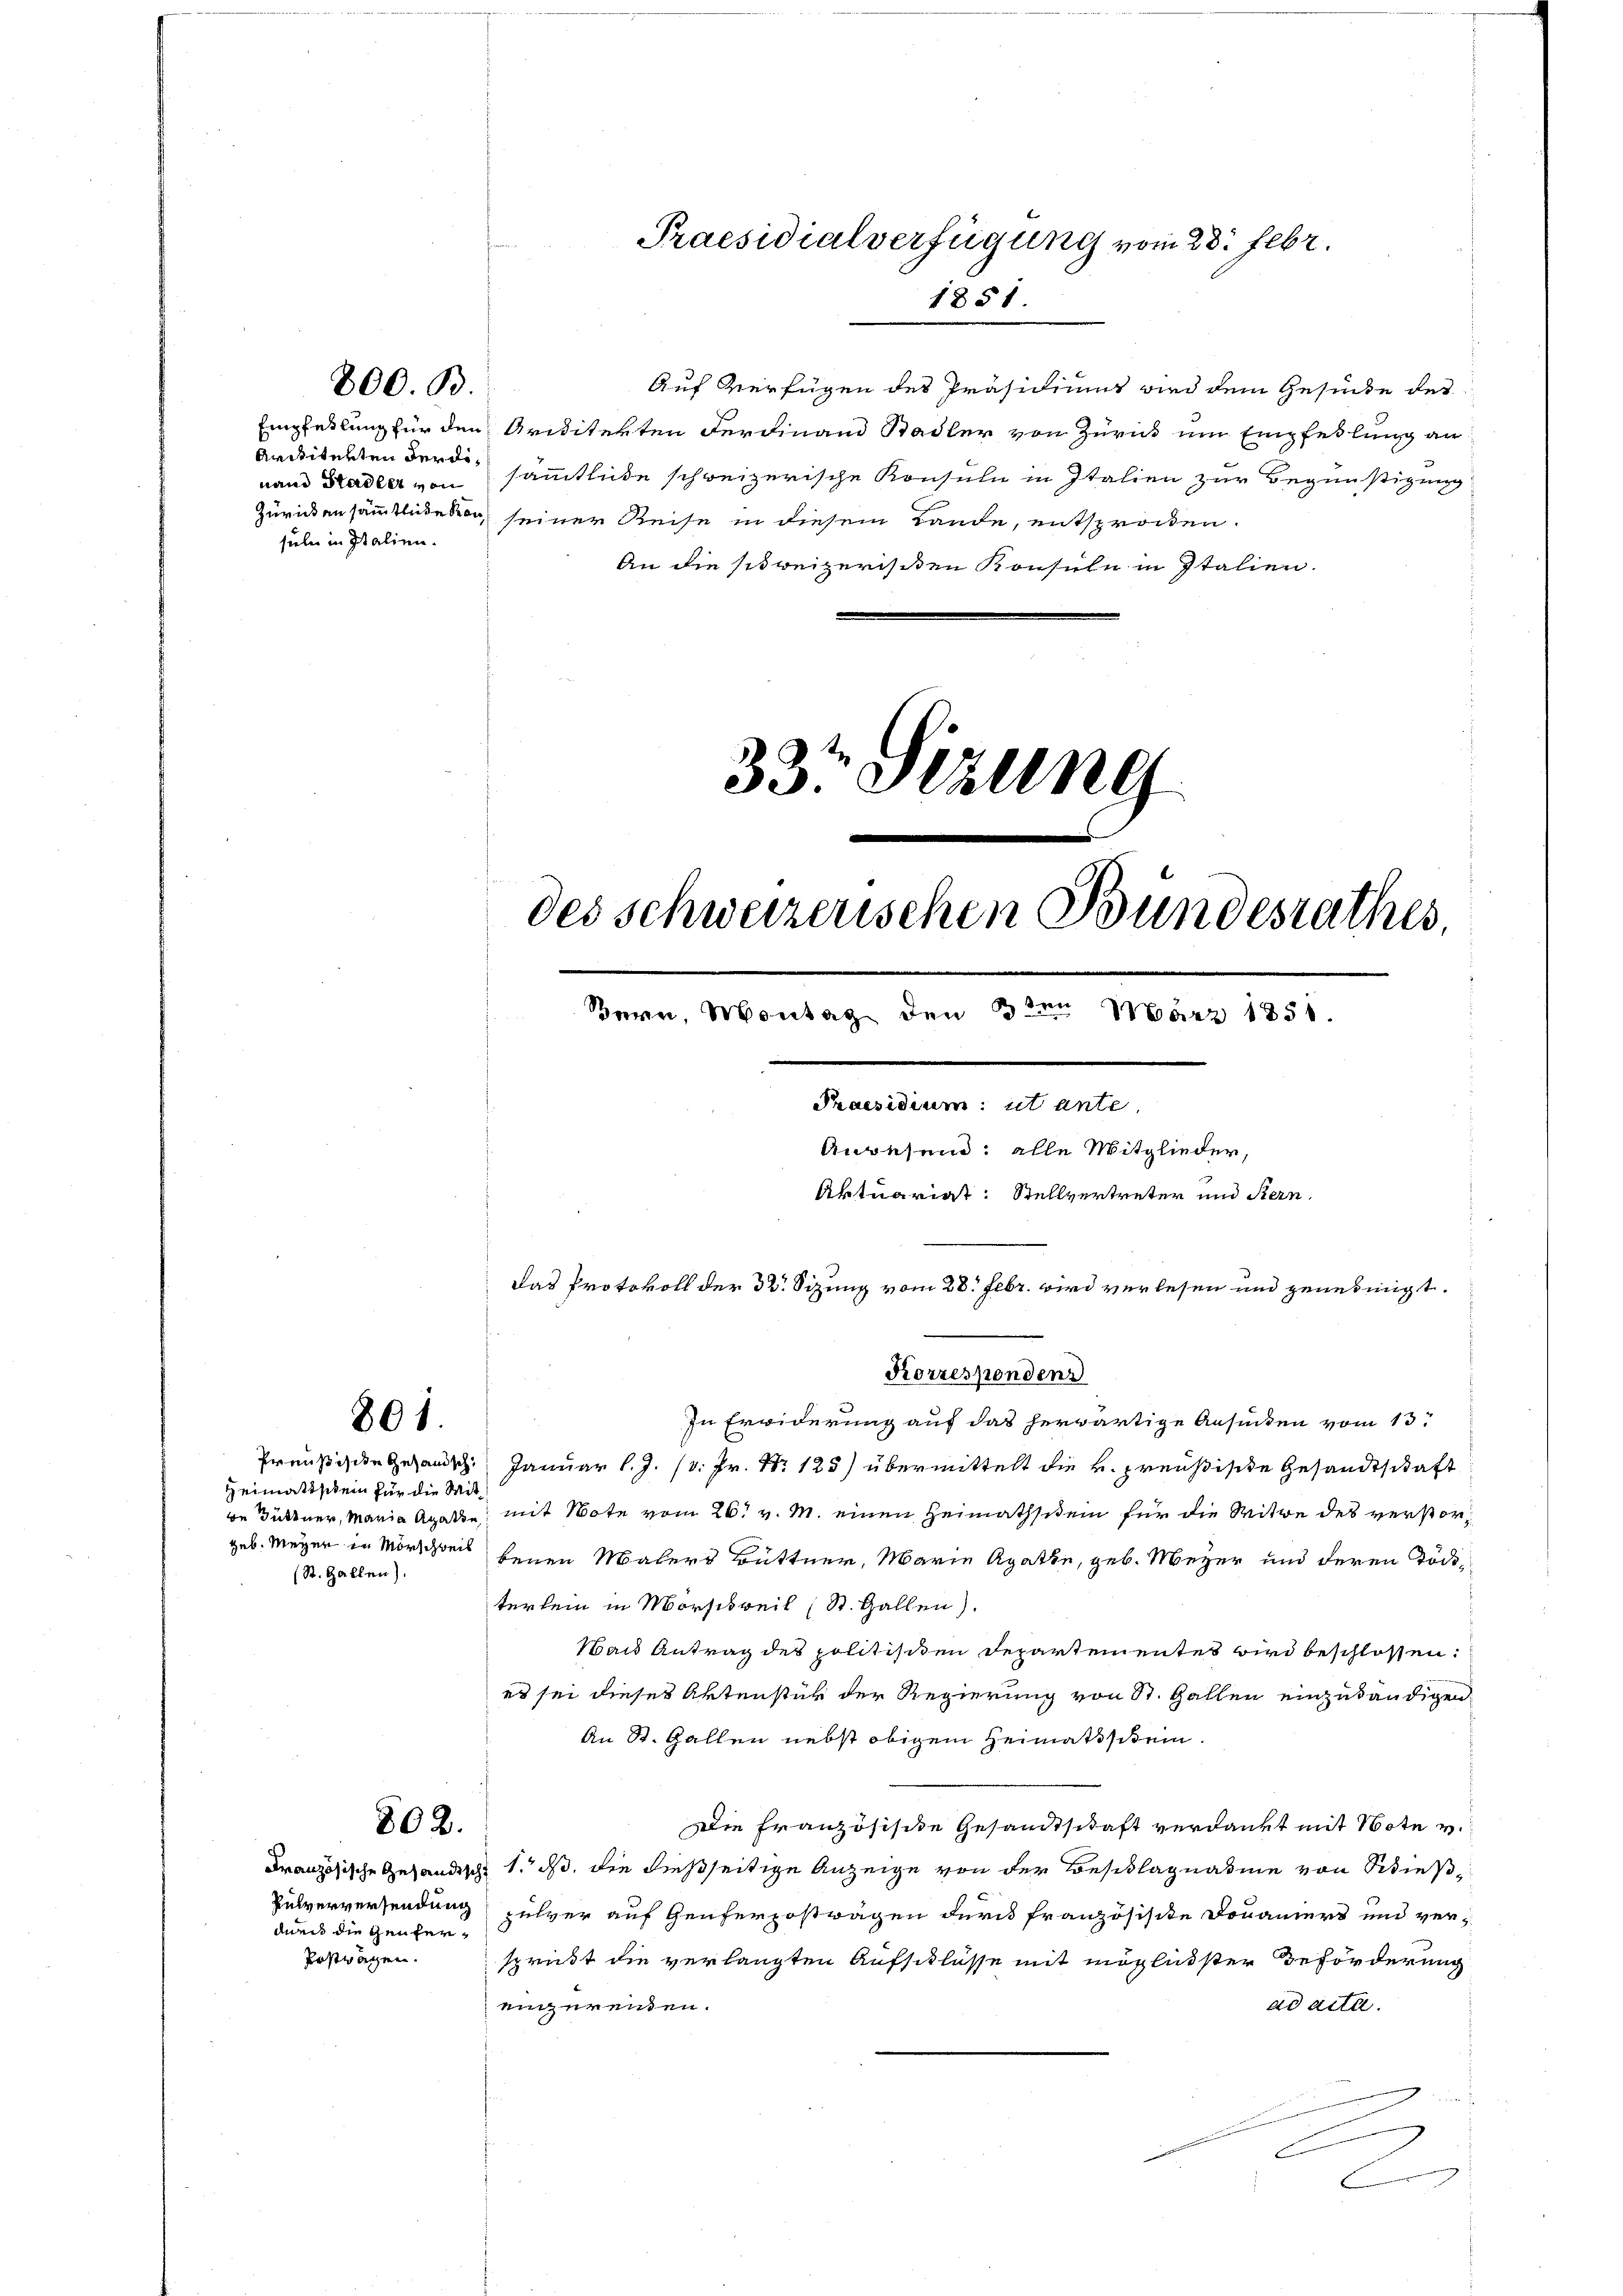
800. B.

Heimatischein für die Mit¬
(St. Gallen).

801.

802.

durch die Genfer¬
Bestragen.

33t Sizung
des schweizerischen Bundesrathes
Bern, Montag den 3te͇n März 1851.
Praesidium ut ante.
Anwesend: alle Mitglieder,
Aktuariast: Stellvertreter und Stern,
Das Protokoll der 32. Sitzung vom 28. Febr. wird verlesen und genehmigt.

In Erwiderung auf das herwärtige Ansinden vom 13.
Preußische Gesamth. Januar l.J. (v. Fr. Nr. 125) übermittelt die k. preußische Gesandtschaft
we Büttner, Maria Agatte mit Note vom 26t v. M. einen Heimathsiden für die Witwe des verstorgeb. Meyer in Mörschei benen Malers Büttner, Marie Agathe, geb. Meyer und deren Tode
terlein in Mörschweil (St. Gallen).
Waid Antrag des politisiten Departementes wird beschlossen:
es sei dieses Aktenstük der Regierung von St. Gallen einzutändigen
An St. Gallen nebst obigem Heimatschein.
Die Französische Gesandtschaft verdankt mit Note v.
Französische Gesandisch 1. ds, die dießseitige Anzeige von der Beschlagnahme von Schieß¬
Pulverversendung pulver auf Genferpostwagen der französische Douaniert und versprickt die verlangten Aufschlüsse mit möglichster Beförderung
ad acta.
einzureiden.
c

Praesidialverfügung vom 23. Febr.
1851

Auf Verfügen des Präsidiums wird dem Gesunde der
Empfehlung für den Ariditekten derdinand Stadler von Zürich um Empfehlung an
Amiiterten der dinand Stadler von sämmtliche schweizerische Konsuln in Italien zur Begünstigung
Zurückensämmtliche kan seiner Reise in diesem Lande, entsprocken.
suln in Italien.
An die schweizerischen Konsuln in Italien.

Korrespondenz